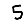
Digit: 5